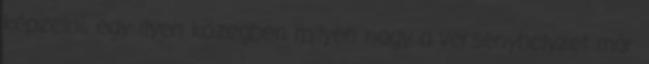
képzelni, egy ilyen közegben milyen nagy a versenyhelyzet már